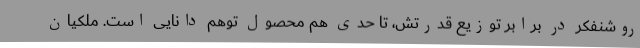
روشنفکر در برابر توزیع قدرتش، تا حدی هم محصول توهم دانایی است. ملکیان